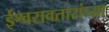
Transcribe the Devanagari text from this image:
ईश्वरावतारांच्या